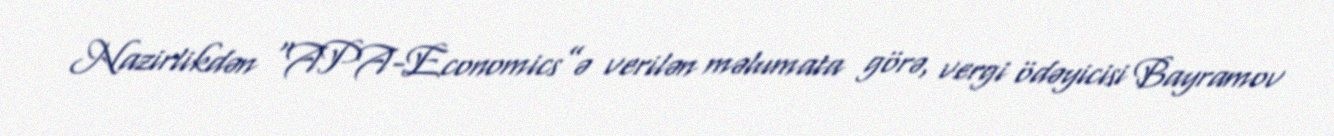
Nazirlikdən “APA-Economics”ə verilən məlumata görə, vergi ödəyicisi Bayramov